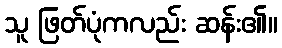
သူ ဖြတ်ပုံကလည်း ဆန်း၏။